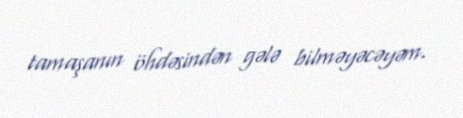
tamaşanın öhdəsindən gələ bilməyəcəyəm.